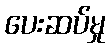
ပေးဆပ်မှု